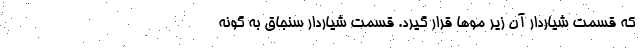
که قسمت شیاردار آن زیر موها قرار گیرد. قسمت شیاردار سنجاق به گونه